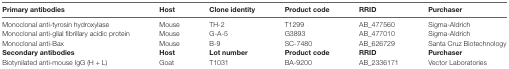
| Primary antibodies | Host | Clone identity | Product code | RRID | Purchaser |
 | --- | --- | --- | --- | --- | --- |
 | Monoclonal anti-tyrosin hydroxylase | Mouse | TH-2 | T1299 | AB_477560 | Sigma-Aldrich |
 | Monoclonal anti-glial fibrillary acidic protein | Mouse | G-A-5 | G3893 | AB_477010 | Sigma-Aldrich |
 | Monoclonal anti-Bax | Mouse | B-9 | SC-7480 | AB_626729 | Santa Cruz Biotechnology |
 | Secondary antibodies | Host | Lot number | Product code | RRID | Purchaser |
 | Biotynilated anti-mouse IgG (H + L) | Goat | T1031 | BA-9200 | AB_2336171 | Vector Laboratories |